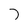
Character: 7